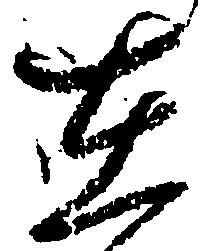
在